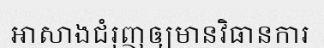
អាសាងជំរុញឲ្យមានវិធានការ